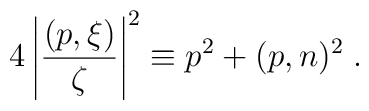
4\left|\frac{(p,\xi)}{\zeta}\right|^2\equiv p^2+(p,n)^2\;.